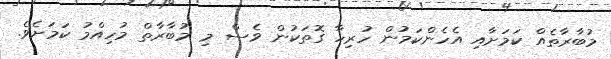
މުބާރާތެއް ކަމަށާއި އެހެެންކަމުން ހުރިހާ ގޮތަކުން ވެސް މި މުބާރާތް މުހިއްމު ކަމަށެވެ.